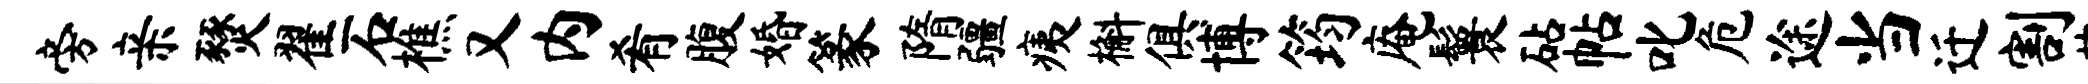
旁亲燹翟石樵又内肴腹婚篆隋疆痍槲俱博筠庵鬟砧帖叱危途当迁割某